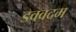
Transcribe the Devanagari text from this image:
डववदम